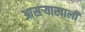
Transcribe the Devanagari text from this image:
आसऱ्याखाली